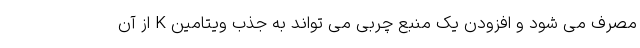
مصرف می شود و افزودن یک منبع چربی می تواند به جذب ویتامین K از آن